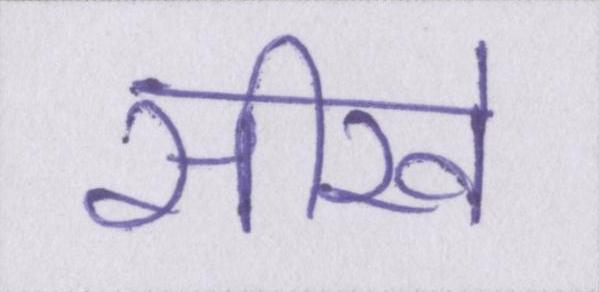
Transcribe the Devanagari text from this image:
सीखे